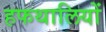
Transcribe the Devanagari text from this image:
हफथालियों